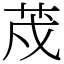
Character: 荗